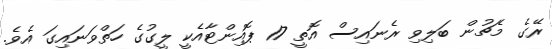
ރޭގެ މެޗުން ބަލިވި ރެނައިސް އޮތީ 17 ޕޮއިންޓާއެކީ ލީގުގެ ހަތްވަނައިގަ އެވެ.